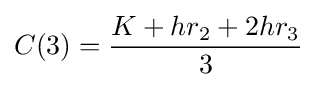
C(3)={\frac {K+hr_{2}+2hr_{3}}{3}}